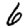
Digit: 6